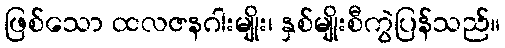
ဖြစ်သော ထလဇနဂါးမျိုး၊ နှစ်မျိုးစီကွဲပြန်သည်။